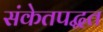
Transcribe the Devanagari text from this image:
संकेतपद्धत